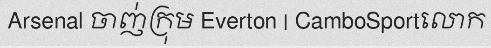
Arsenal ចាញ់ក្រុម Everton | CamboSportលោក